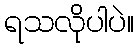
ရသလိုပါပဲ။